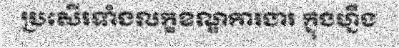
ប្រសើរទាំងលក្ខខណ្ឌការងារ ក្នុងហ្នឹង